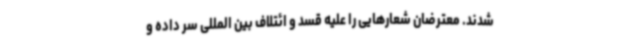
شدند. معترضان شعارهایی را علیه قسد و ائتلاف بین المللی سر داده و